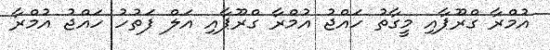
އުމްރާ ގްރޫޕާއި މީގާތު ހައްޖު އުމްރާ ގްރޫޕާއި އަލް ފަތުހު ހައްޖު އުމްރާ